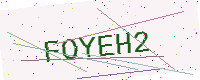
Text: FOYEH2